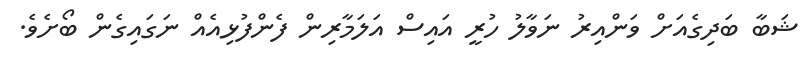
ޝަބާ ބަދިގެއަށް ވަންއިރު ނަވާލު ހުރީ އައިސް އަލަމާރިން ފެންފުޅިއެއް ނަގައިގެން ބޯށެވެ.